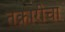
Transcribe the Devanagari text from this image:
तक्रारीचा